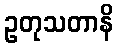
ဥတုသတာနိ